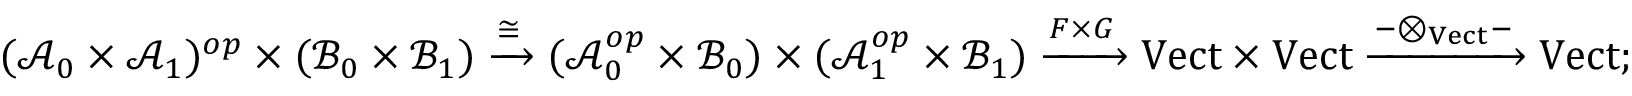
( \mathcal { A } _ { 0 } \times \mathcal { A } _ { 1 } ) ^ { o p } \times ( \mathcal { B } _ { 0 } \times \mathcal { B } _ { 1 } ) \xrightarrow { \cong } ( \mathcal { A } _ { 0 } ^ { o p } \times \mathcal { B } _ { 0 } ) \times ( \mathcal { A } _ { 1 } ^ { o p } \times \mathcal { B } _ { 1 } ) \xrightarrow { F \times G } { \boldsymbol { \mathrm { V e c t } } } \times { \boldsymbol { \mathrm { V e c t } } } \xrightarrow { - \otimes _ { \boldsymbol { \mathrm { V e c t } } } - } { \boldsymbol { \mathrm { V e c t } } } ;